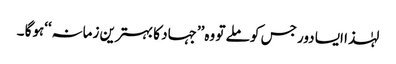
لہٰذا ایسا دور جس کو ملے تو وہ’’جہاد کا بہترین زمانہ‘‘ہوگا ۔